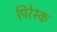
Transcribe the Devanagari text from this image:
पिरेस्क